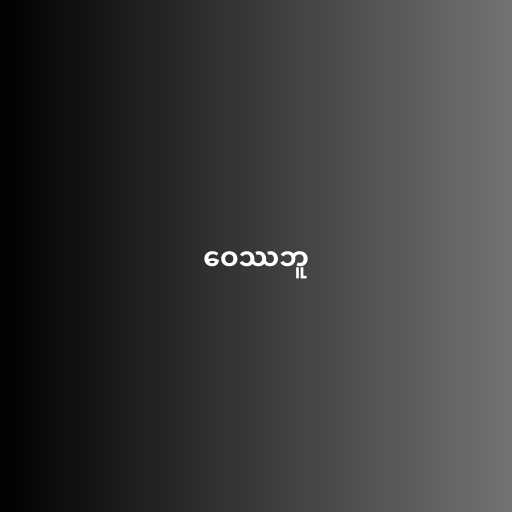
ဝေဿဘူ